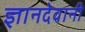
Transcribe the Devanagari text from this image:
ज्ञानदेवानी